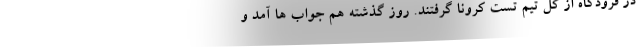
در فرودگاه از کل تیم تست کرونا گرفتند. روز گذشته هم جواب ها آمد و